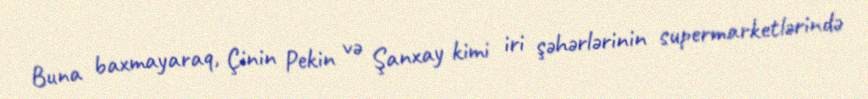
Buna baxmayaraq, Çinin Pekin və Şanxay kimi iri şəhərlərinin supermarketlərində